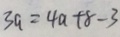
3 a = 4 a + 8 - 3